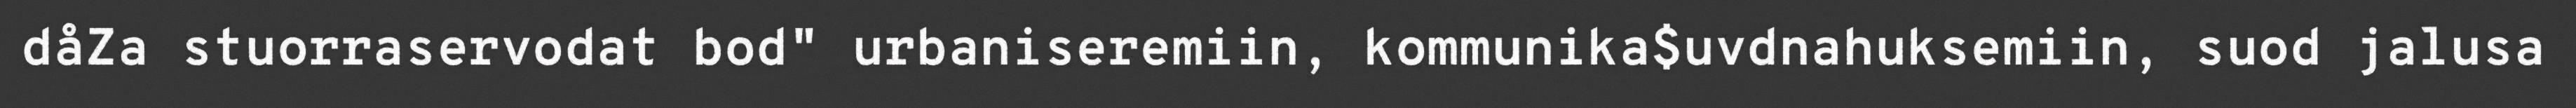
dåZa stuorraservodat bod" urbaniseremiin, kommunika$uvdnahuksemiin, suod jalusa